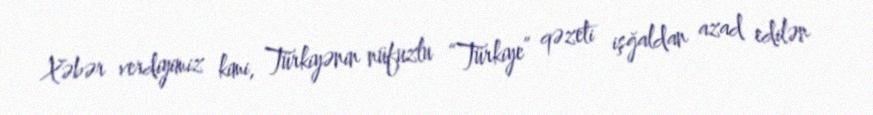
Xəbər verdiyimiz kimi, Türkiyənin nüfuzlu “Türkiye” qəzeti işğaldan azad edilən